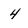
Character: 4